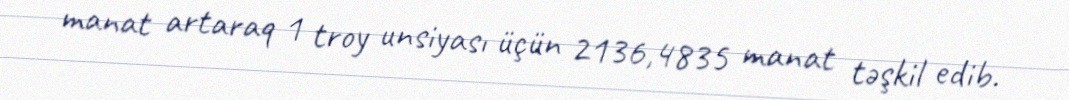
manat artaraq 1 troy unsiyası üçün 2136,4835 manat təşkil edib.